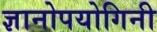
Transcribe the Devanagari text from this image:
ज्ञानोपयोगिनी